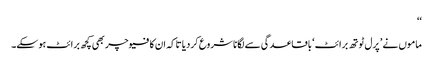
‘‘
ماموں نے ’ پرل ٹوتھ برائٹ‘ باقاعدگی سے لگانا شروع کردیا تاکہ ان کا فیوچر بھی کچھ برائٹ ہوسکے۔